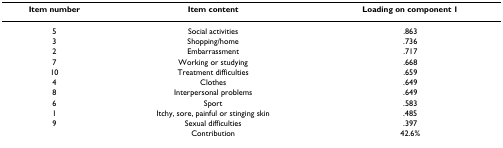
| Item number | Item content | Loading on component 1 |
 | --- | --- | --- |
 | 5 | Social activities | .863 |
 | 3 | Shopping/home | .736 |
 | 2 | Embarrassment | .717 |
 | 7 | Working or studying | .668 |
 | 10 | Treatment difficulties | .659 |
 | 4 | Clothes | .649 |
 | 8 | Interpersonal problems | .649 |
 | 6 | Sport | .583 |
 | 1 | Itchy, sore, painful or stinging skin | .485 |
 | 9 | Sexual difficulties | .397 |
 |  | Contribution | 42.6% |